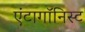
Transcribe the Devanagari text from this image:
एंटागॉनिस्ट